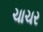
ચાચર